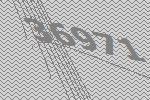
36971